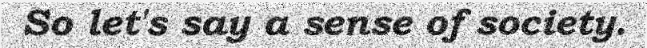
So let's say a sense of society.